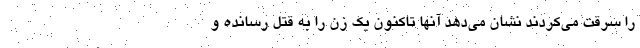
را سرقت می‌کردند نشان می‌دهد آنها تاکنون یک زن را به قتل رسانده و